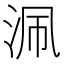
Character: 𣳽